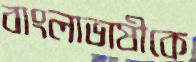
বাংলাভাষীকে